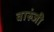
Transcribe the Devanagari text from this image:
वारुंजी